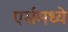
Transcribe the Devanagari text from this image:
एर्समध्ये